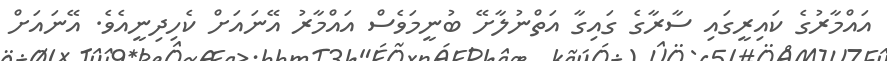
އައްމާރުގެ ކައިރީގައި ސާރާގެ ގައިގާ އަތްނުލާށޭ ބުނީމަވެސް އައްމާރު އޭނައަށް ކެހިދިނީއެވެ. އޭނައަށް